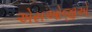
એસઓજીએ